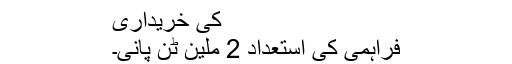
کی خریداری
فراہمی کی استعداد 2 ملین ٹن پانی۔